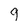
Character: 9